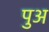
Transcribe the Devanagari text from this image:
पुअ